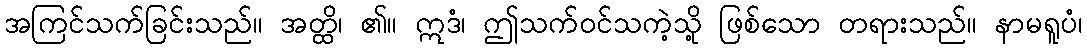
အကြင်သက်ခြင်းသည်။ အတ္ထိ၊ ၏။ ဣဒံ၊ ဤသက်ဝင်သကဲ့သို့ ဖြစ်သော တရားသည်။ နာမရူပံ၊